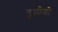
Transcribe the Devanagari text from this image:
बुद्धीशी